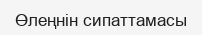
Өлеңнін сипаттамасы